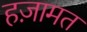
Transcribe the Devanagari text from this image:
हज़ामत